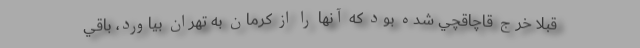
قبلا خرج قاچاقچي شده بود كه آنها را از كرمان به تهران بياورد، باقي